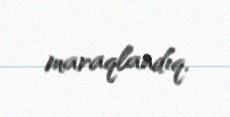
maraqlandıq.